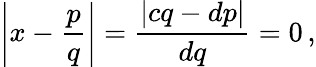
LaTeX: \left|x-{\frac{p}{q}}\right|={\frac{|cq-dp|}{dq}}=0\, ,